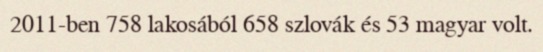
2011-ben 758 lakosából 658 szlovák és 53 magyar volt.